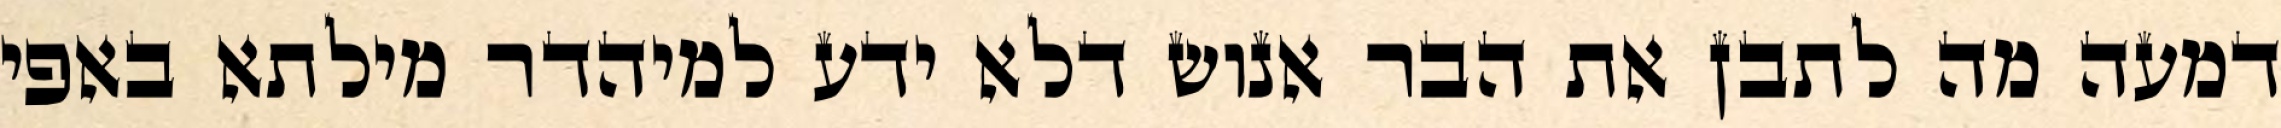
דמעה מה לתבן את הבר אנוש דלא ידע למיהדר מילתא באפי